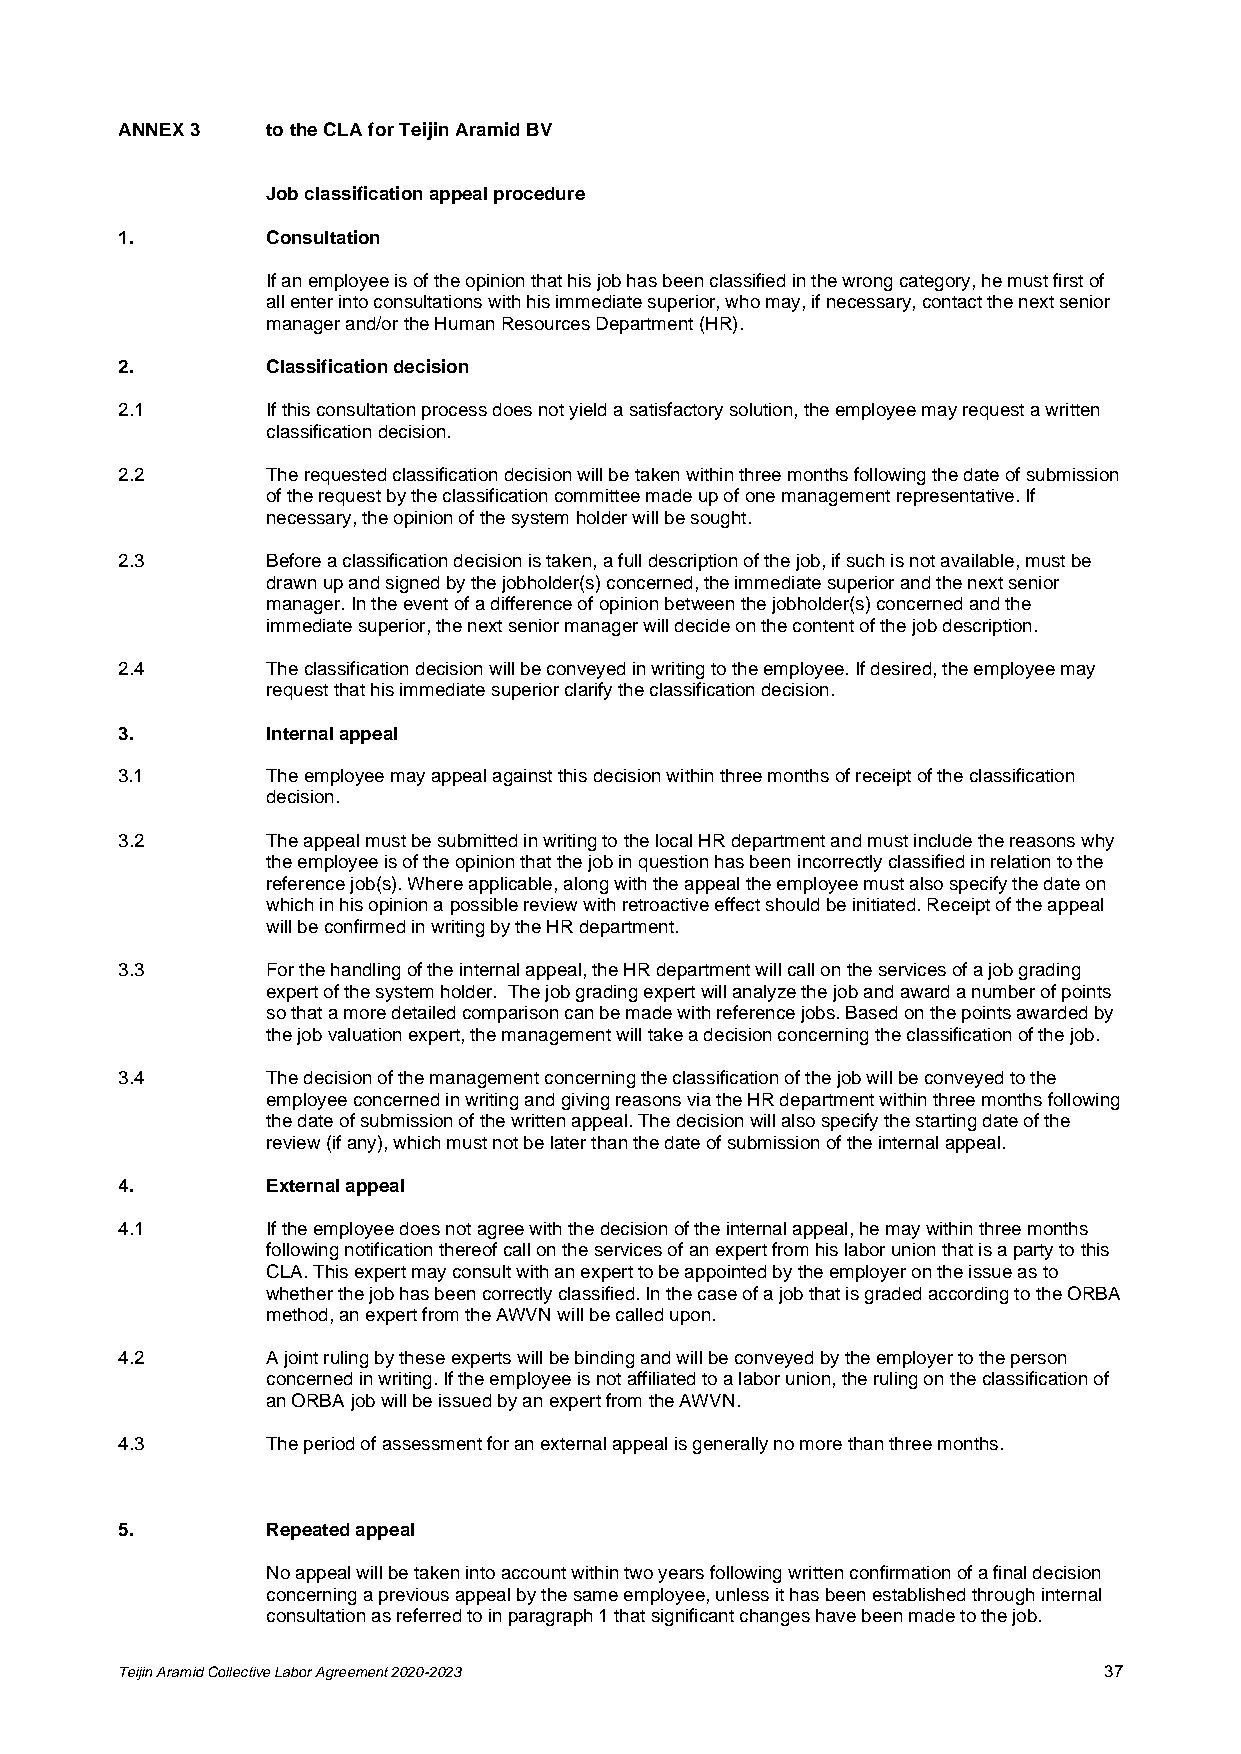
ANNEX 3   to the CLA for Teijin Aramid BV
 Job classification appeal procedure
 1.        Consultation
 If an employee is of the opinion that his job has been classified in the wrong category, he must first of
 all enter into consultations with his immediate superior, who may, if necessary, contact the next senior
 manager and/or the Human Resources Department (HR).
 2.        Classification decision
 2.1       If this consultation process does not yield a satisfactory solution, the employee may request a written
 classification decision.
 2.2       The requested classification decision will be taken within three months following the date of submission
 of the request by the classification committee made up of one management representative. If
 necessary, the opinion of the system holder will be sought.
 2.3       Before a classification decision is taken, a full description of the job, if such is not available, must be
 drawn up and signed by the jobholder(s) concerned, the immediate superior and the next senior
 manager. In the event of a difference of opinion between the jobholder(s) concerned and the
 immediate superior, the next senior manager will decide on the content of the job description.
 2.4       The classification decision will be conveyed in writing to the employee. If desired, the employee may
 request that his immediate superior clarify the classification decision.
 3.        Internal appeal
 3.1       The employee may appeal against this decision within three months of receipt of the classification
 decision.
 3.2       The appeal must be submitted in writing to the local HR department and must include the reasons why
 the employee is of the opinion that the job in question has been incorrectly classified in relation to the
 reference job(s). Where applicable, along with the appeal the employee must also specify the date on
 which in his opinion a possible review with retroactive effect should be initiated. Receipt of the appeal
 will be confirmed in writing by the HR department.
 3.3       For the handling of the internal appeal, the HR department will call on the services of a job grading
 expert of the system holder. The job grading expert will analyze the job and award a number of points
 so that a more detailed comparison can be made with reference jobs. Based on the points awarded by
 the job valuation expert, the management will take a decision concerning the classification of the job.
 3.4       The decision of the management concerning the classification of the job will be conveyed to the
 employee concerned in writing and giving reasons via the HR department within three months following
 the date of submission of the written appeal. The decision will also specify the starting date of the
 review (if any), which must not be later than the date of submission of the internal appeal.
 4.        External appeal
 4.1       If the employee does not agree with the decision of the internal appeal, he may within three months
 following notification thereof call on the services of an expert from his labor union that is a party to this
 CLA. This expert may consult with an expert to be appointed by the employer on the issue as to
 whether the job has been correctly classified. In the case of a job that is graded according to the ORBA
 method, an expert from the AWVN will be called upon.
 4.2       A joint ruling by these experts will be binding and will be conveyed by the employer to the person
 concerned in writing. If the employee is not affiliated to a labor union, the ruling on the classification of
 an ORBA job will be issued by an expert from the AWVN.
 4.3       The period of assessment for an external appeal is generally no more than three months.
 5.        Repeated appeal
 No appeal will be taken into account within two years following written confirmation of a final decision
 concerning a previous appeal by the same employee, unless it has been established through internal
 consultation as referred to in paragraph 1 that significant changes have been made to the job.
 Teijin Aramid Collective Labor Agreement 2020-2023               37